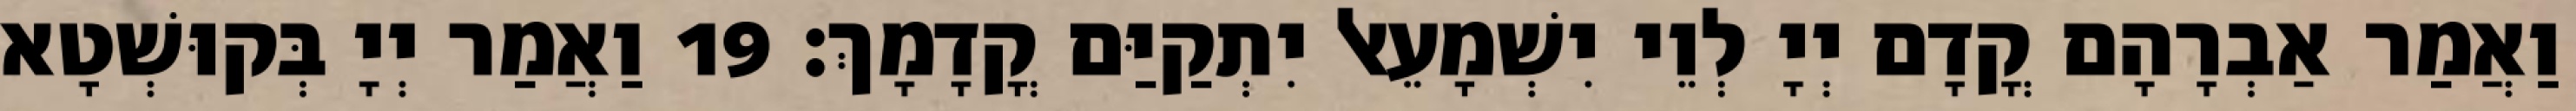
וַאֲמַר אַבְרָהָם קֳדָם יְיָ לְוֵי יִשְׁמָעֵאל יִתְקַיַּם קֳדָמָךְ׃ 19 וַאֲמַר יְיָ בְּקוּשְׁטָא